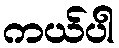
ကယ်ပါ